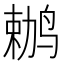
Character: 𫛶